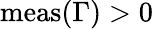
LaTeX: \mathrm{meas}(\Gamma)>0